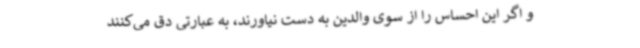
و اگر این احساس را از سوی والدین به دست نیاورند، به عبارتی دق می‌کنند